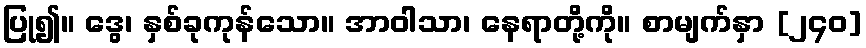
ပြု၍။ ဒွေ၊ နှစ်ခုကုန်သော။ အာဝါသာ၊ နေရာတို့ကို။ စာမျက်နှာ [၂၄၀]